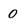
Character: 0